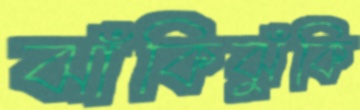
ঝাঁকিঝুঁকি